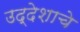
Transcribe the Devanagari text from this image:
उद्देशाचे